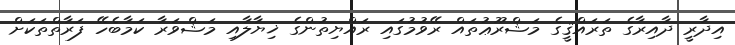
އިދާރީ ދާއިރާގެ ތަރައްޤީގެ މަޝްރޫޢުތައް ރޭވުމުގައި ރައްޔިތުންގެ ޚިޔާލާއި މަޝްވަރާ ކަމާބެހޭ ފަރާތްތަކަށް